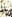
يا